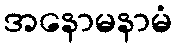
အနောမနာမံ